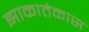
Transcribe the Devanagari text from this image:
झाकातेकास